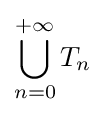
\bigcup _{n=0}^{+\infty }T_{n}